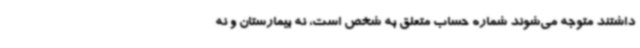
داشتند متوجه می‌شوند شماره حساب متعلق به شخص است، نه بیمارستان و نه